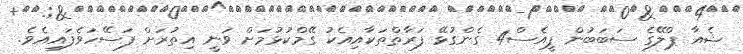
ޝެއާ ޕްލޭގެ ސަބަބުން ޕީއެސް4 ގެންގުޅޭ ފަރާތްތަކާއިއެކު ގޭމްކުޅުމަށް ވަނީ އިތުރަށް ފަސޭހަވެފައިއެވެ.